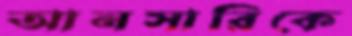
আনসারিকে